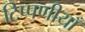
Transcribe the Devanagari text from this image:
टिप्पणीयाँ